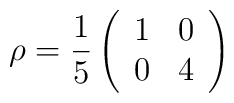
\rho = \frac{1}{5}  \left( \begin{array}{cc}          1 & 0 \\          0 & 4          \end{array} \right)